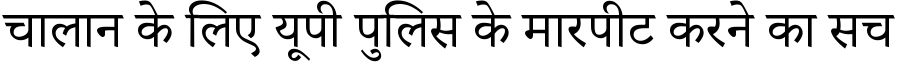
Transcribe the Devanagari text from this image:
चालान के लिए यूपी पुलिस के मारपीट करने का सच